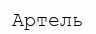
Артель